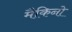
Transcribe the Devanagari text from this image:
मैकिनो